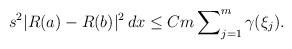
LaTeX: \begin{align*}s^2|R(a) - R(b)|^2 \, dx \le Cm \sum\nolimits^m_{j=1} \gamma(\xi_j).\end{align*}